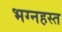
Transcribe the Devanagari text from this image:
भग्नहस्त